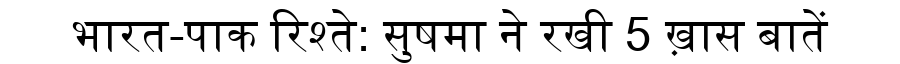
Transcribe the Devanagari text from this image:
भारत-पाक रिश्ते: सुषमा ने रखी 5 ख़ास बातें